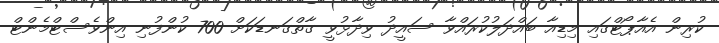
ކުރިން އެއާޕޯޓްގައި މިޑިއާ ބައްދަލުކުރައްވާ ސައީދު ވިދާޅުވީ ގާތްގަނޑަކަށް 700 ކުންފުނި އިންވެސްޓްމެންޓް